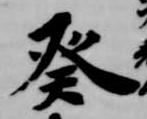
癸